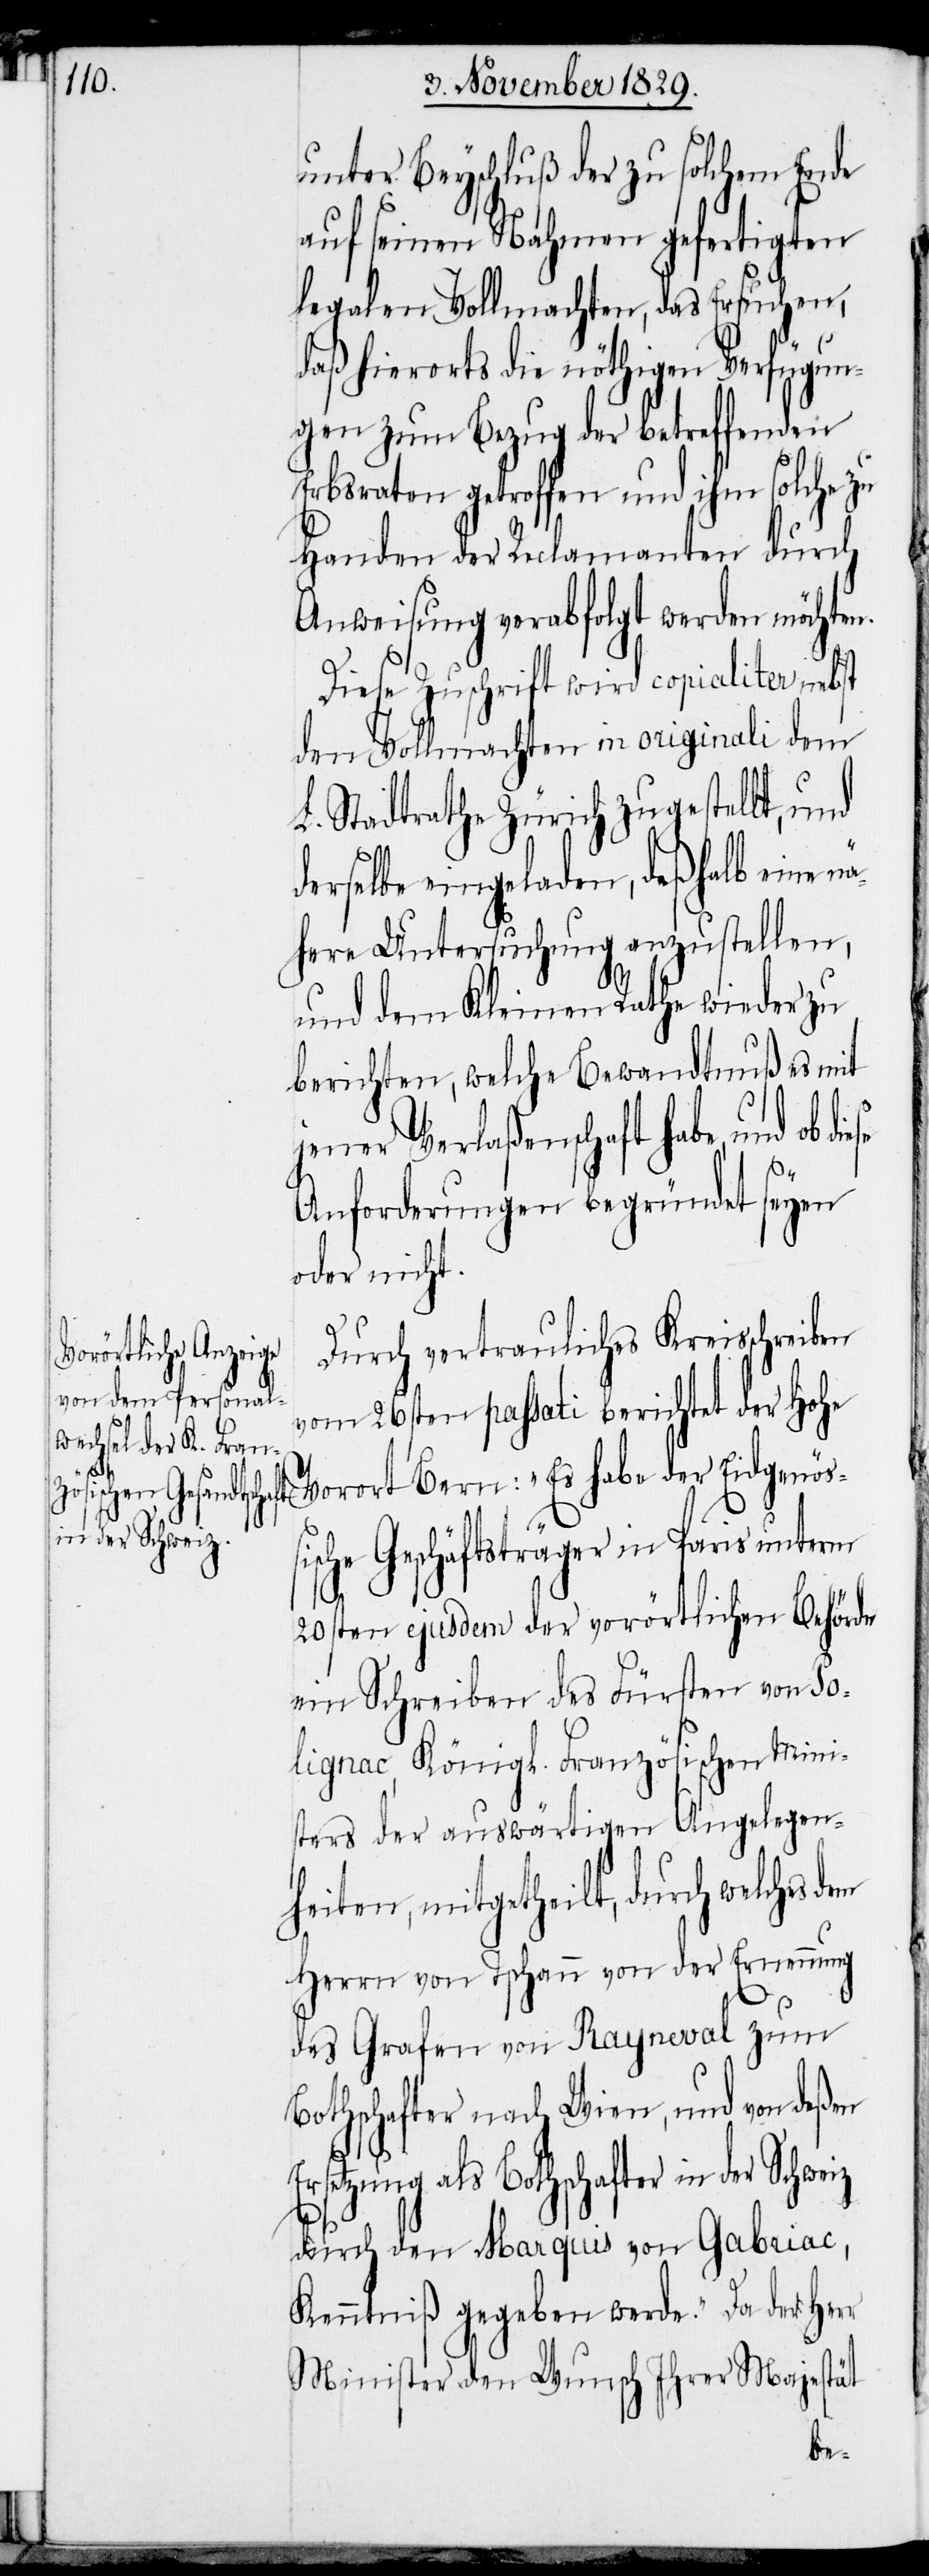
unter Beyschluß der zu solchem Ende
auf seinen Nahmen gefertigten
legalen Vollmachten, das Ersuchen,
daß hierorts die nöthigen Verfügun¬
gen zum Bezug der betreffenden
Erbsraten getroffen und ihm solche zu
Handen der Reclamanten durch
Anweisung verabfolgt werden möchten.
Diese Zuschrift wird copialiter nebst
den Vollmachten in originali dem
L. Stadtrathe Zürich zugestellt, und
derselbe eingeladen, deßhalb eine n¬
ähere Untersuchung anzustellen,
und dem Kleinen Rathe wieder zu
berichten, welche Bewandtnuß es mit
jener Verlaßenschaft habe, und ob
Anforderungen begründet seyen
oder nicht.
Durch vertrauliches Kreisschreiben
der Eidgenöß¬
vom 26sten passati berichtet der Hohe
ische Geschäftsträger in Paris unterm
20sten ejusdem der vorörtlichen Behörde
ein Schreiben des Fürsten von Po¬
lignac, Königl. Französischen Mini¬
sters der auswärtigen Angelegen¬
heiten, mitgetheilt, durch welches
Herrn von Tschann von der Ernennung
des Grafen von Rayneval zum
Botschafter nach Wien, und von deßen
Ersetzung als Botschafter in der Schweiz
durch den Marquis von Gabriac,
Kenntniß gegeben werde.“ Da der Herr
Minister den Wunsch Ihrer Majestät